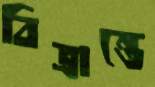
বিভ্রান্তে